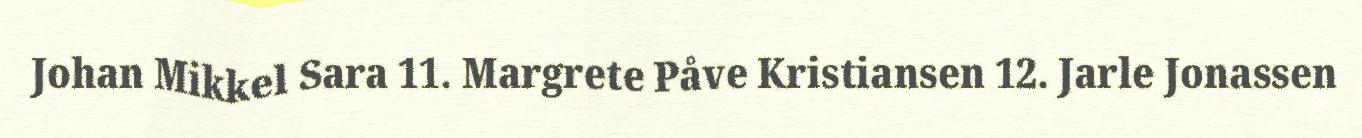
Johan Mikkel Sara 11. Margrete Påve Kristiansen 12. Jarle Jonassen